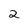
Character: 2